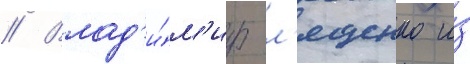
// Влад'и́м'ир л'ященко и́з